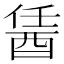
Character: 䣸